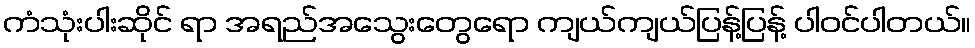
ကံသုံးပါးဆိုင် ရာ အရည်အသွေးတွေရော ကျယ်ကျယ်ပြန့်ပြန့် ပါဝင်ပါတယ်။